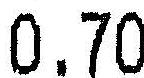
0.70